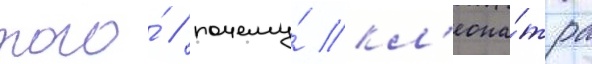
того́ / почему́ кл'еопа́тра